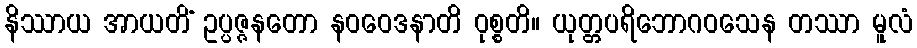
နိဿာယ အာယတိံ ဥပ္ပဇ္ဇနတော နဝဝေဒနာတိ ဝုစ္စတိ။ ယုတ္တပရိဘောဂဝသေန တဿာ မူလံ